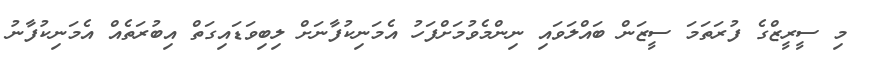
މި ސީރީޒްގެ ފުރަތަމަ ސީޒަން ބައްލަވައި ނިންމެވުމަށްފަހު އެމަނިކުފާނަށް ލިބިވަޑައިގަތް އިބުރަތެއް އެމަނިކުފާނު